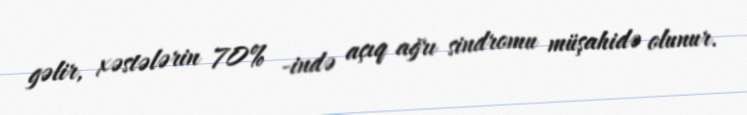
gəlir, xəstələrin 70% -ində açıq ağrı sindromu müşahidə olunur.